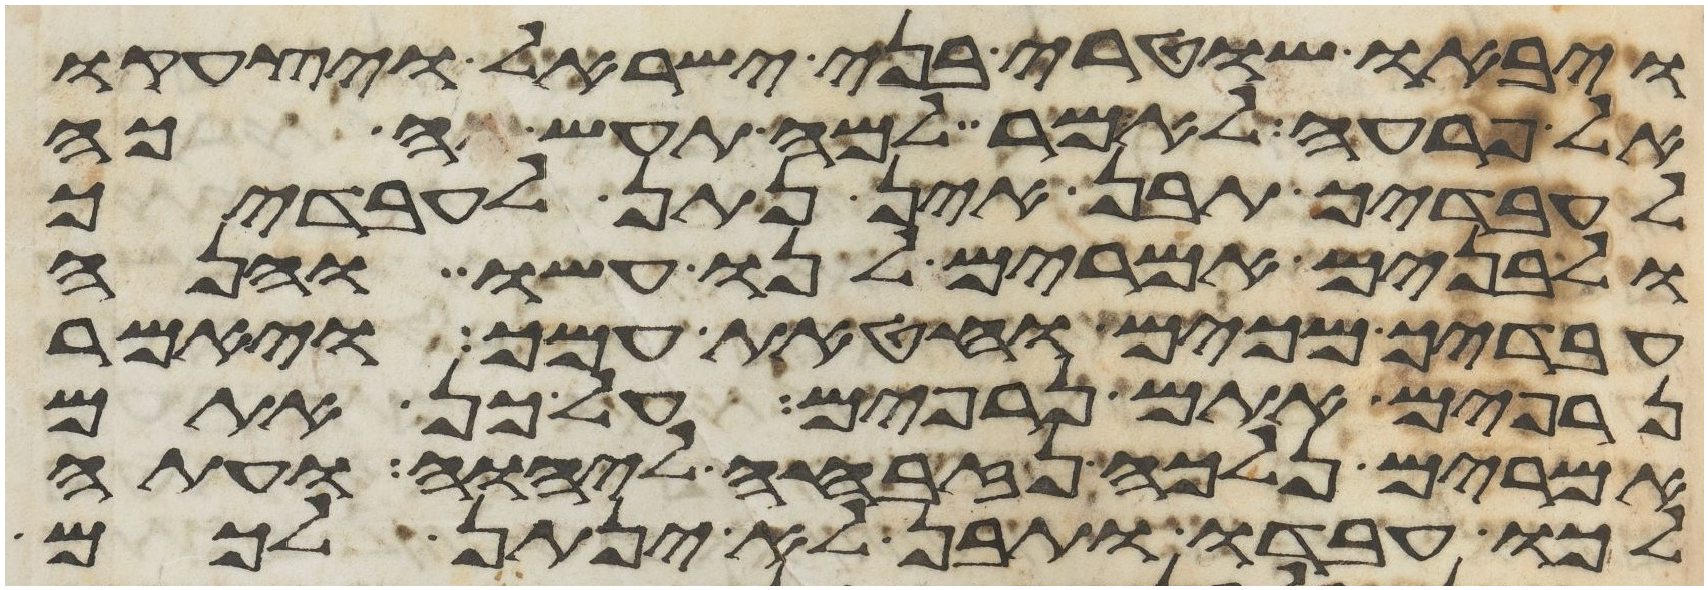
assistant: ויבאו שוטרי בני ישראל ויצעקו
אל פרעה לאמר למה תעשה כה
לעבדיך תבן אין נתן לעבדיך
ולבנים אמרים לנו עשו והנה
עבדיך מכים וחטאת עמך ויאמר
נרפים אתם נרפים על כן אתם
אמרים נלכה נזבחה ליהוה ועתה
לכו עבדו ותבן לא ינתן לכם